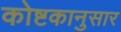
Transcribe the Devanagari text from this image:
कोष्टकानुसार